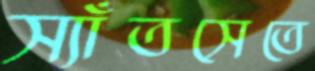
স্যাঁতসেতে